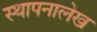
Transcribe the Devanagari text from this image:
स्थापनालेख